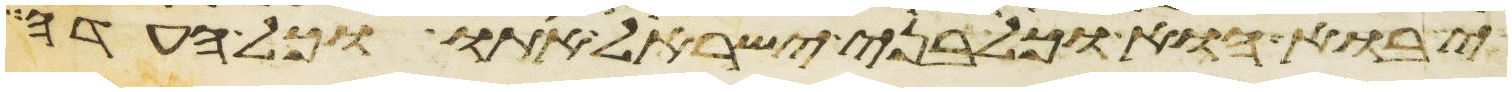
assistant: יבוא הוא וכל בני ישראל אתו וכל העדה